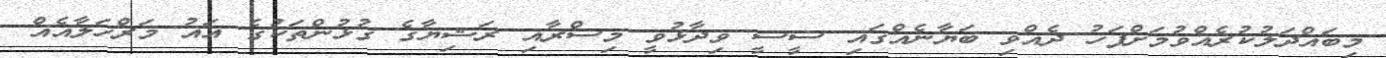
މިބައްދަލުކުރެއްވުމަށްފަހު ދެއްވި ބަޔާނެއްގައި ސީސީ ވިދާޅުވީ މިސްރާއި ރަޝިޔާގެ ގުޅުންތަކުގެ އައު މަރްހަލާއެއް